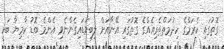
ގޮތުގައި ކެރަމްގެ ހިދުމަތްތެރިއެއްގެ ގޮތުގައި އޭނާއަށް ލިބިވަޑައިގެންނެވި އެންމެ ބޮޑު ކާމިޔާ ބަކީ